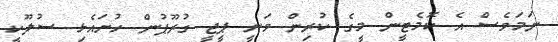
ނަމަވެސް އެ ކޮމެޓީން މީގެ ކުރިން ވަނީ ޕީޖީ ގުރޫޕުން ހުށައެޅި ސުލޫކީ